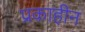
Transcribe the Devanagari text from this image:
प्रकाहीन